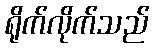
ရိုက်လိုက်သည်